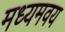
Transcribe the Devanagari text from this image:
मध्यमवय